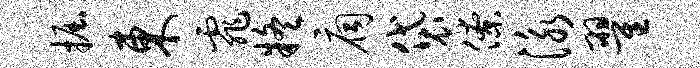
掘东霏疑扃袋僚泳翟